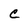
Character: C